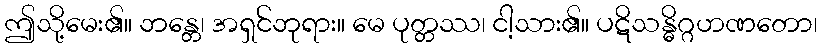
ဤသို့မေး၏။ ဘန္တေ၊ အရှင်ဘုရား။ မေ ပုတ္တဿ၊ ငါ့သား၏။ ပဋိသန္ဓိဂ္ဂဟဏတော၊